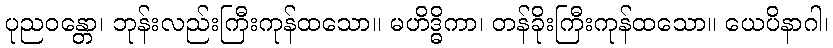
ပုညဝန္တော၊ ဘုန်းလည်းကြီးကုန်ထသော။ မဟိဒ္ဓိကာ၊ တန်ခိုးကြီးကုန်ထသော။ ယေပိနာဂါ၊